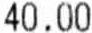
40.00